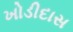
ખોડીદાસ